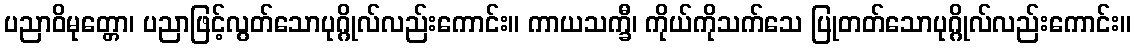
ပညာဝိမုတ္တော၊ ပညာဖြင့်လွတ်သောပုဂ္ဂိုလ်လည်းကောင်း။ ကာယသက္ခီ၊ ကိုယ်ကိုသက်သေ ပြုတတ်သောပုဂ္ဂိုလ်လည်းကောင်း။